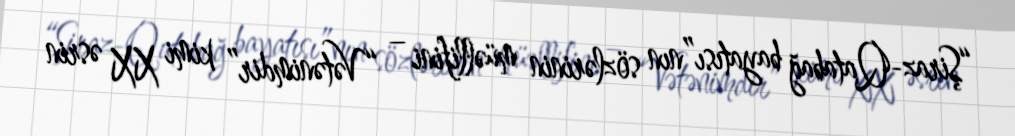
“Şiraz-Qatabağ bayatısı”nın sözlərinin müəllifini – “Vətənimdir” kimi XX əsrin